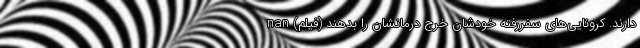
دارند. کرونایی‌های سفررفته خودشان خرج درمانشان را بدهند (فیلم) nan